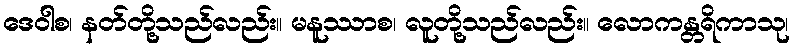
ဒေဝါစ၊ နတ်တို့သည်လည်း။ မနူဿာစ၊ လူတို့သည်လည်း။ လောကန္တရိကာသု၊